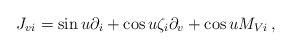
LaTeX: \begin{align*}J_{vi}=\sin u\partial_i+\cos u\zeta_i\partial_v+\cos u M_{Vi}\,,\end{align*}